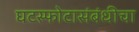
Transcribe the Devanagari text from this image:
घटस्फोटासंबंधीचा